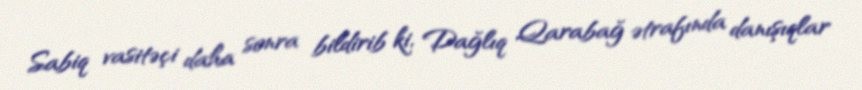
Sabiq vasitəçi daha sonra bildirib ki, Dağlıq Qarabağ ətrafında danışıqlar